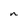
Character: n